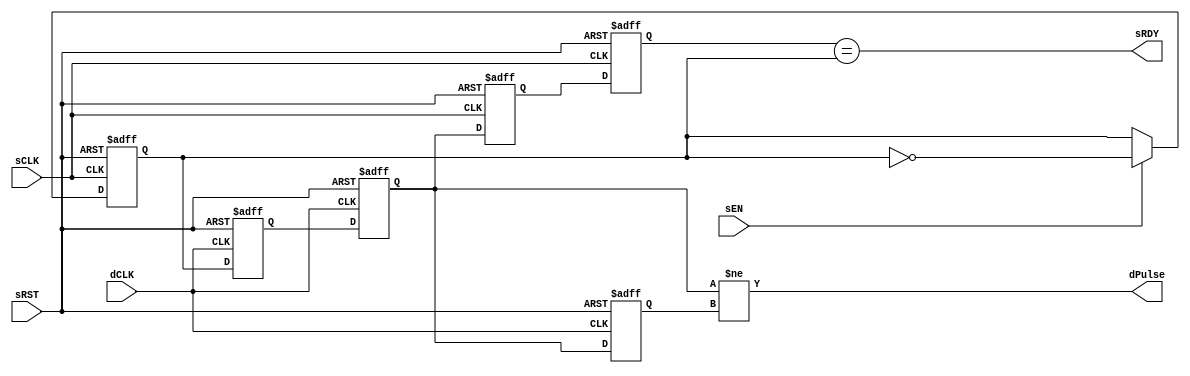
// Copyright (c) 2000-2012 Bluespec, Inc.

// Permission is hereby granted, free of charge, to any person obtaining a copy
// of this software and associated documentation files (the "Software"), to deal
// in the Software without restriction, including without limitation the rights
// to use, copy, modify, merge, publish, distribute, sublicense, and/or sell
// copies of the Software, and to permit persons to whom the Software is
// furnished to do so, subject to the following conditions:

// The above copyright notice and this permission notice shall be included in
// all copies or substantial portions of the Software.

// THE SOFTWARE IS PROVIDED "AS IS", WITHOUT WARRANTY OF ANY KIND, EXPRESS OR
// IMPLIED, INCLUDING BUT NOT LIMITED TO THE WARRANTIES OF MERCHANTABILITY,
// FITNESS FOR A PARTICULAR PURPOSE AND NONINFRINGEMENT. IN NO EVENT SHALL THE
// AUTHORS OR COPYRIGHT HOLDERS BE LIABLE FOR ANY CLAIM, DAMAGES OR OTHER
// LIABILITY, WHETHER IN AN ACTION OF CONTRACT, TORT OR OTHERWISE, ARISING FROM,
// OUT OF OR IN CONNECTION WITH THE SOFTWARE OR THE USE OR OTHER DEALINGS IN
// THE SOFTWARE.
//
// $Revision: 29441 $
// $Date: 2012-08-27 21:58:03 +0000 (Mon, 27 Aug 2012) $

`ifdef BSV_ASSIGNMENT_DELAY
`else
  `define BSV_ASSIGNMENT_DELAY
`endif

`ifdef BSV_POSITIVE_RESET
  `define BSV_RESET_VALUE 1'b1
  `define BSV_RESET_EDGE posedge
`else
  `define BSV_RESET_VALUE 1'b0
  `define BSV_RESET_EDGE negedge
`endif


//
// Transfer takes 2 dCLK to see data,
// sRDY recovers takes 2 dCLK + 2 sCLK
module SyncHandshake(
                     sCLK,
                     sRST,
                     dCLK,
                     sEN,
                     sRDY,
                     dPulse
                     );
   parameter init = 1'b0;

   // Source clock port signal
   input     sCLK ;
   input     sRST ;
   input     sEN ;
   output    sRDY ;

   // Destination clock port signal
   input     dCLK ;
   output    dPulse ;

   // Flops to hold data
   reg       dSyncReg1, dSyncReg2 ;
   reg       dLastState ;
   reg       sToggleReg ;
   reg       sSyncReg1, sSyncReg2 ;

   // Output signal
   assign    dPulse = dSyncReg2 != dLastState ;
   assign    sRDY = sSyncReg2 == sToggleReg;

   always @(posedge sCLK or `BSV_RESET_EDGE sRST)
     begin
        if (sRST == `BSV_RESET_VALUE)
           begin
              sSyncReg1  <= `BSV_ASSIGNMENT_DELAY ! init ; // Reset hi so sRDY is low during reset
              sSyncReg2  <= `BSV_ASSIGNMENT_DELAY ! init ;
              sToggleReg <= `BSV_ASSIGNMENT_DELAY init ;
           end
        else
           begin

              // hadshake return synchronizer
              sSyncReg1 <= `BSV_ASSIGNMENT_DELAY dSyncReg2 ;// clock domain crossing
              sSyncReg2 <= `BSV_ASSIGNMENT_DELAY sSyncReg1 ;

              // Pulse send
              if ( sEN )
                begin
                   sToggleReg <= `BSV_ASSIGNMENT_DELAY ! sToggleReg ;
                end // if ( sEN )

           end
     end // always @ (posedge sCLK or `BSV_RESET_EDGE sRST)

   always @(posedge dCLK or `BSV_RESET_EDGE sRST)
     begin
        if (sRST == `BSV_RESET_VALUE)
          begin
             dSyncReg1  <= `BSV_ASSIGNMENT_DELAY init;
             dSyncReg2  <= `BSV_ASSIGNMENT_DELAY init;
             dLastState <= `BSV_ASSIGNMENT_DELAY init ;
          end
        else
           begin
              dSyncReg1 <= `BSV_ASSIGNMENT_DELAY sToggleReg ;// domain crossing
              dSyncReg2 <= `BSV_ASSIGNMENT_DELAY dSyncReg1 ;
              dLastState <= `BSV_ASSIGNMENT_DELAY dSyncReg2 ;
           end
     end // always @ (posedge dCLK or `BSV_RESET_EDGE sRST)

`ifdef BSV_NO_INITIAL_BLOCKS
`else // not BSV_NO_INITIAL_BLOCKS
   // synopsys translate_off
   initial
      begin
         dSyncReg1 = init ;
         dSyncReg2 = init ;
         dLastState = init ;

         sToggleReg = init ;
         sSyncReg1 = ! init ;
         sSyncReg2 = ! init ;

      end // initial begin
   // synopsys translate_on
`endif // BSV_NO_INITIAL_BLOCKS

endmodule // HandshakeSync